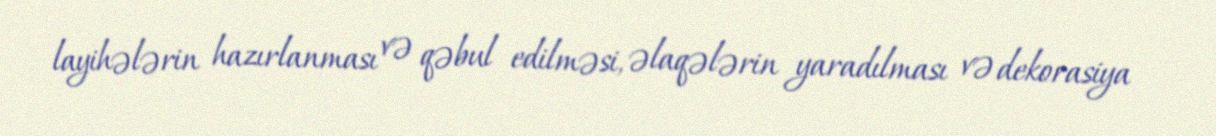
layihələrin hazırlanması və qəbul edilməsi, əlaqələrin yaradılması və dekorasiya